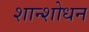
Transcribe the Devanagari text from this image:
शान्शोधन